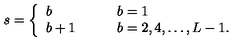
s = \left\{ \begin{array} { l l } { b } & { \qquad b = 1 } \\ { b + 1 } & { \qquad b = 2 , 4 , \ldots , L - 1 . } \\ \end{array} \right.